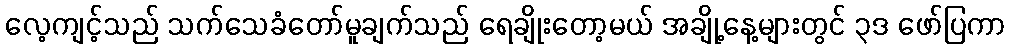
လေ့ကျင့်သည် သက်သေခံတော်မူချက်သည် ရေချိုးတော့မယ် အချို့နေ့များတွင် ၃ဒ ဖော်ပြကာ